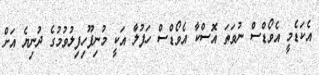
އެކަޑެމީ އެވޯޑްސް ނުވަތަ އޮސްކާ އެވޯޑްސް ހަފުލާ އަކީ މުނިފޫހިފިލުވުމުގެ ދުނިޔެ އަށް